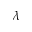
\lambda